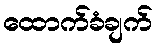
ထောက်ခံချက်